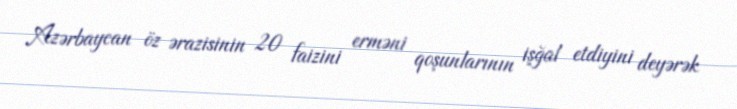
Azərbaycan öz ərazisinin 20 faizini erməni qoşunlarının işğal etdiyini deyərək